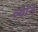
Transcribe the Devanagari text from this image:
त्र्योने